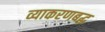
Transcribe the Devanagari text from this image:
व्याकरणबद्ध